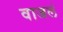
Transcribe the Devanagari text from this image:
वाजलं